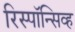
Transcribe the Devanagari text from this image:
रिस्पॉन्सिव्ह